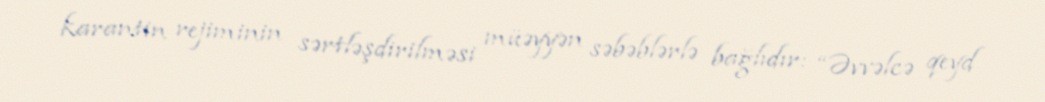
karantin rejiminin sərtləşdirilməsi müəyyən səbəblərlə bağlıdır: “Əvvəlcə qeyd